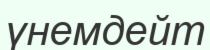
үнемдейт